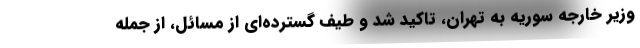
وزیر خارجه سوریه به تهران، تاکید شد و طیف گسترده‌ای از مسائل، از جمله